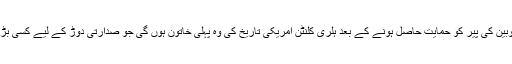
ڈیموکریٹک پارٹی کی نامزدگی کے لیے درکار مندوبین کی پیر کو حمایت حاصل ہونے کے بعد ہلری کلنٹن امریکی تاریخ کی وہ پہلی خاتون ہوں گی جو صدارتی دوڑ کے لیے کسی بڑی پارٹی کا ٹکٹ حاصل کرنے میں کامیاب ہوں گی۔